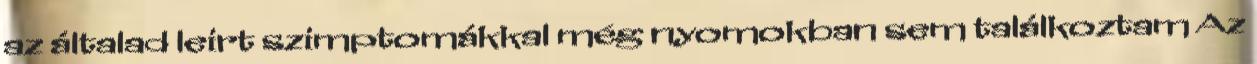
az általad leirt szimptomákkal még nyomokban sem találkoztam Az